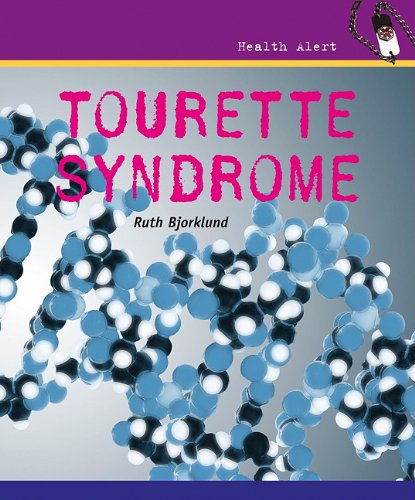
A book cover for Tourette Syndrome (Health Alert); Ruth Bjorklund; Health, Fitness & Dieting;